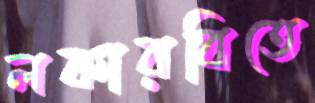
লকারবিতে